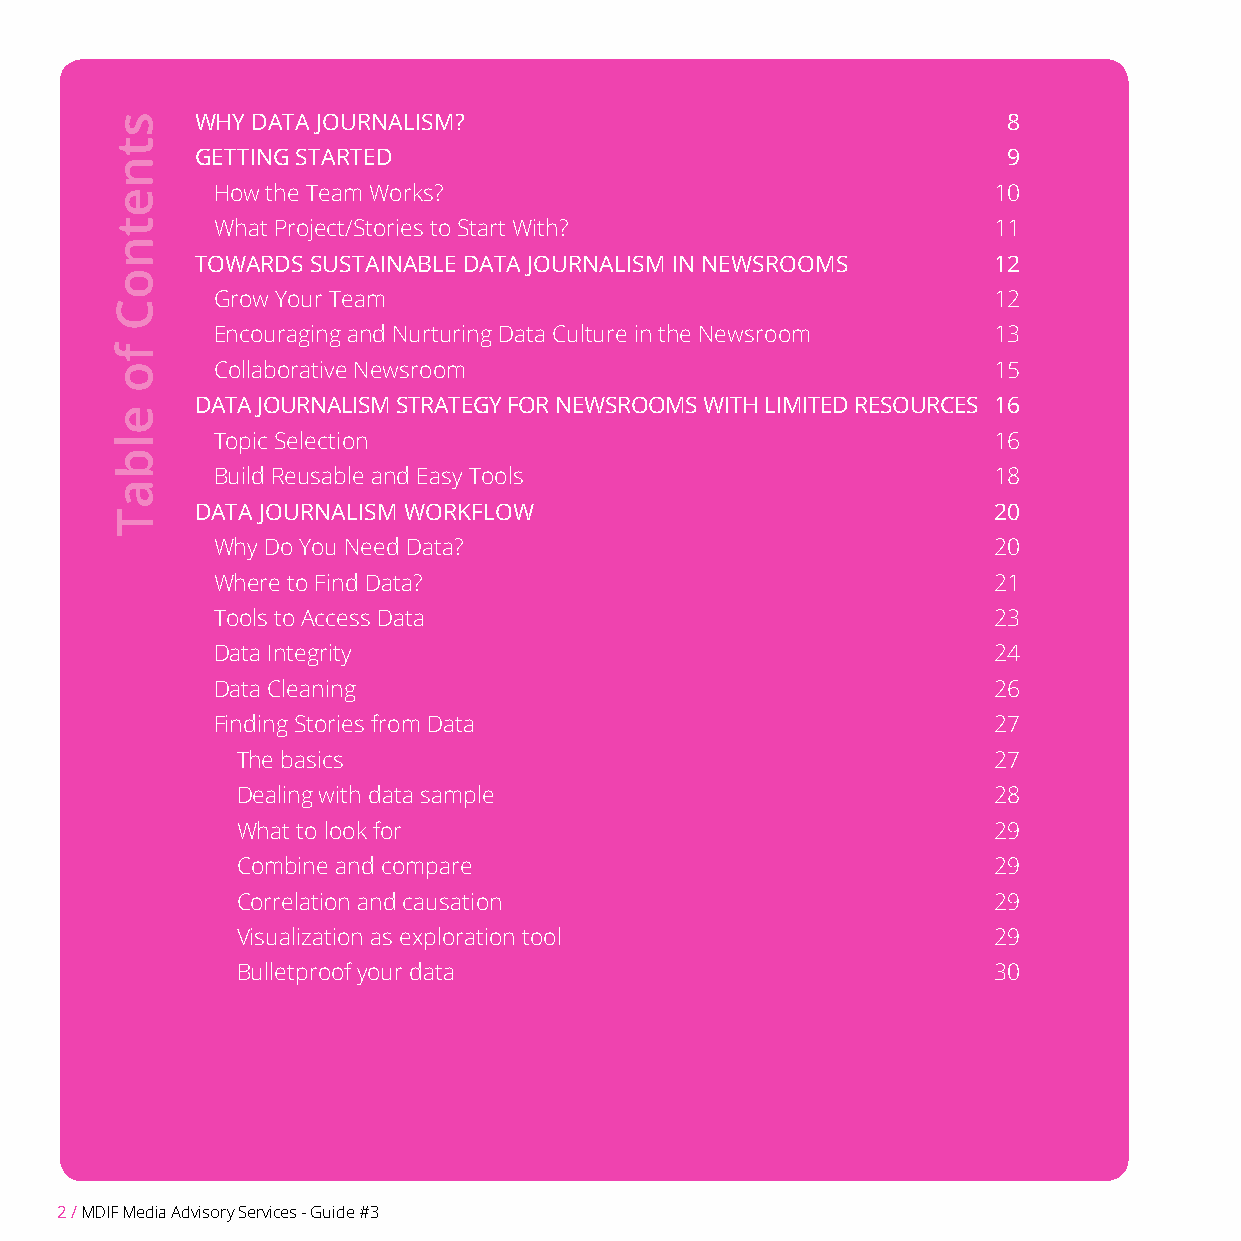
WHY DATA JOURNALISM?                                  8
 GETTING STARTED                                       9
 How the Team Works?                                 10
 What Project/Stories to Start With?                 11
 TOWARDS SUSTAINABLE DATA JOURNALISM IN NEWSROOMS     12
 Grow Your Team                                      12
 Encouraging and Nurturing Data Culture in the Newsroom 13
 Collaborative Newsroom                              15
 DATA JOURNALISM STRATEGY FOR NEWSROOMS WITH LIMITED RESOURCES 16
 Topic Selection                                     16
 Build Reusable and Easy Tools                       18
 DATA JOURNALISM WORKFLOW                             20
 Why Do You Need Data?                               20
 Where to Find Data?                                 21
 Tools to Access Data                                23
 Data Integrity                                      24
 Data Cleaning                                       26
 Finding Stories from Data                           27
 The basics                                        27
 Dealing with data sample                          28
 What to look for                                  29
 Combine and compare                               29
 Correlation and causation                         29
 Visualization as exploration tool                 29
 Bulletproof your data                             30
 2 / MDIF Media Advisory Services - Guide #3
 stnetnoC
 fo
 elbaT